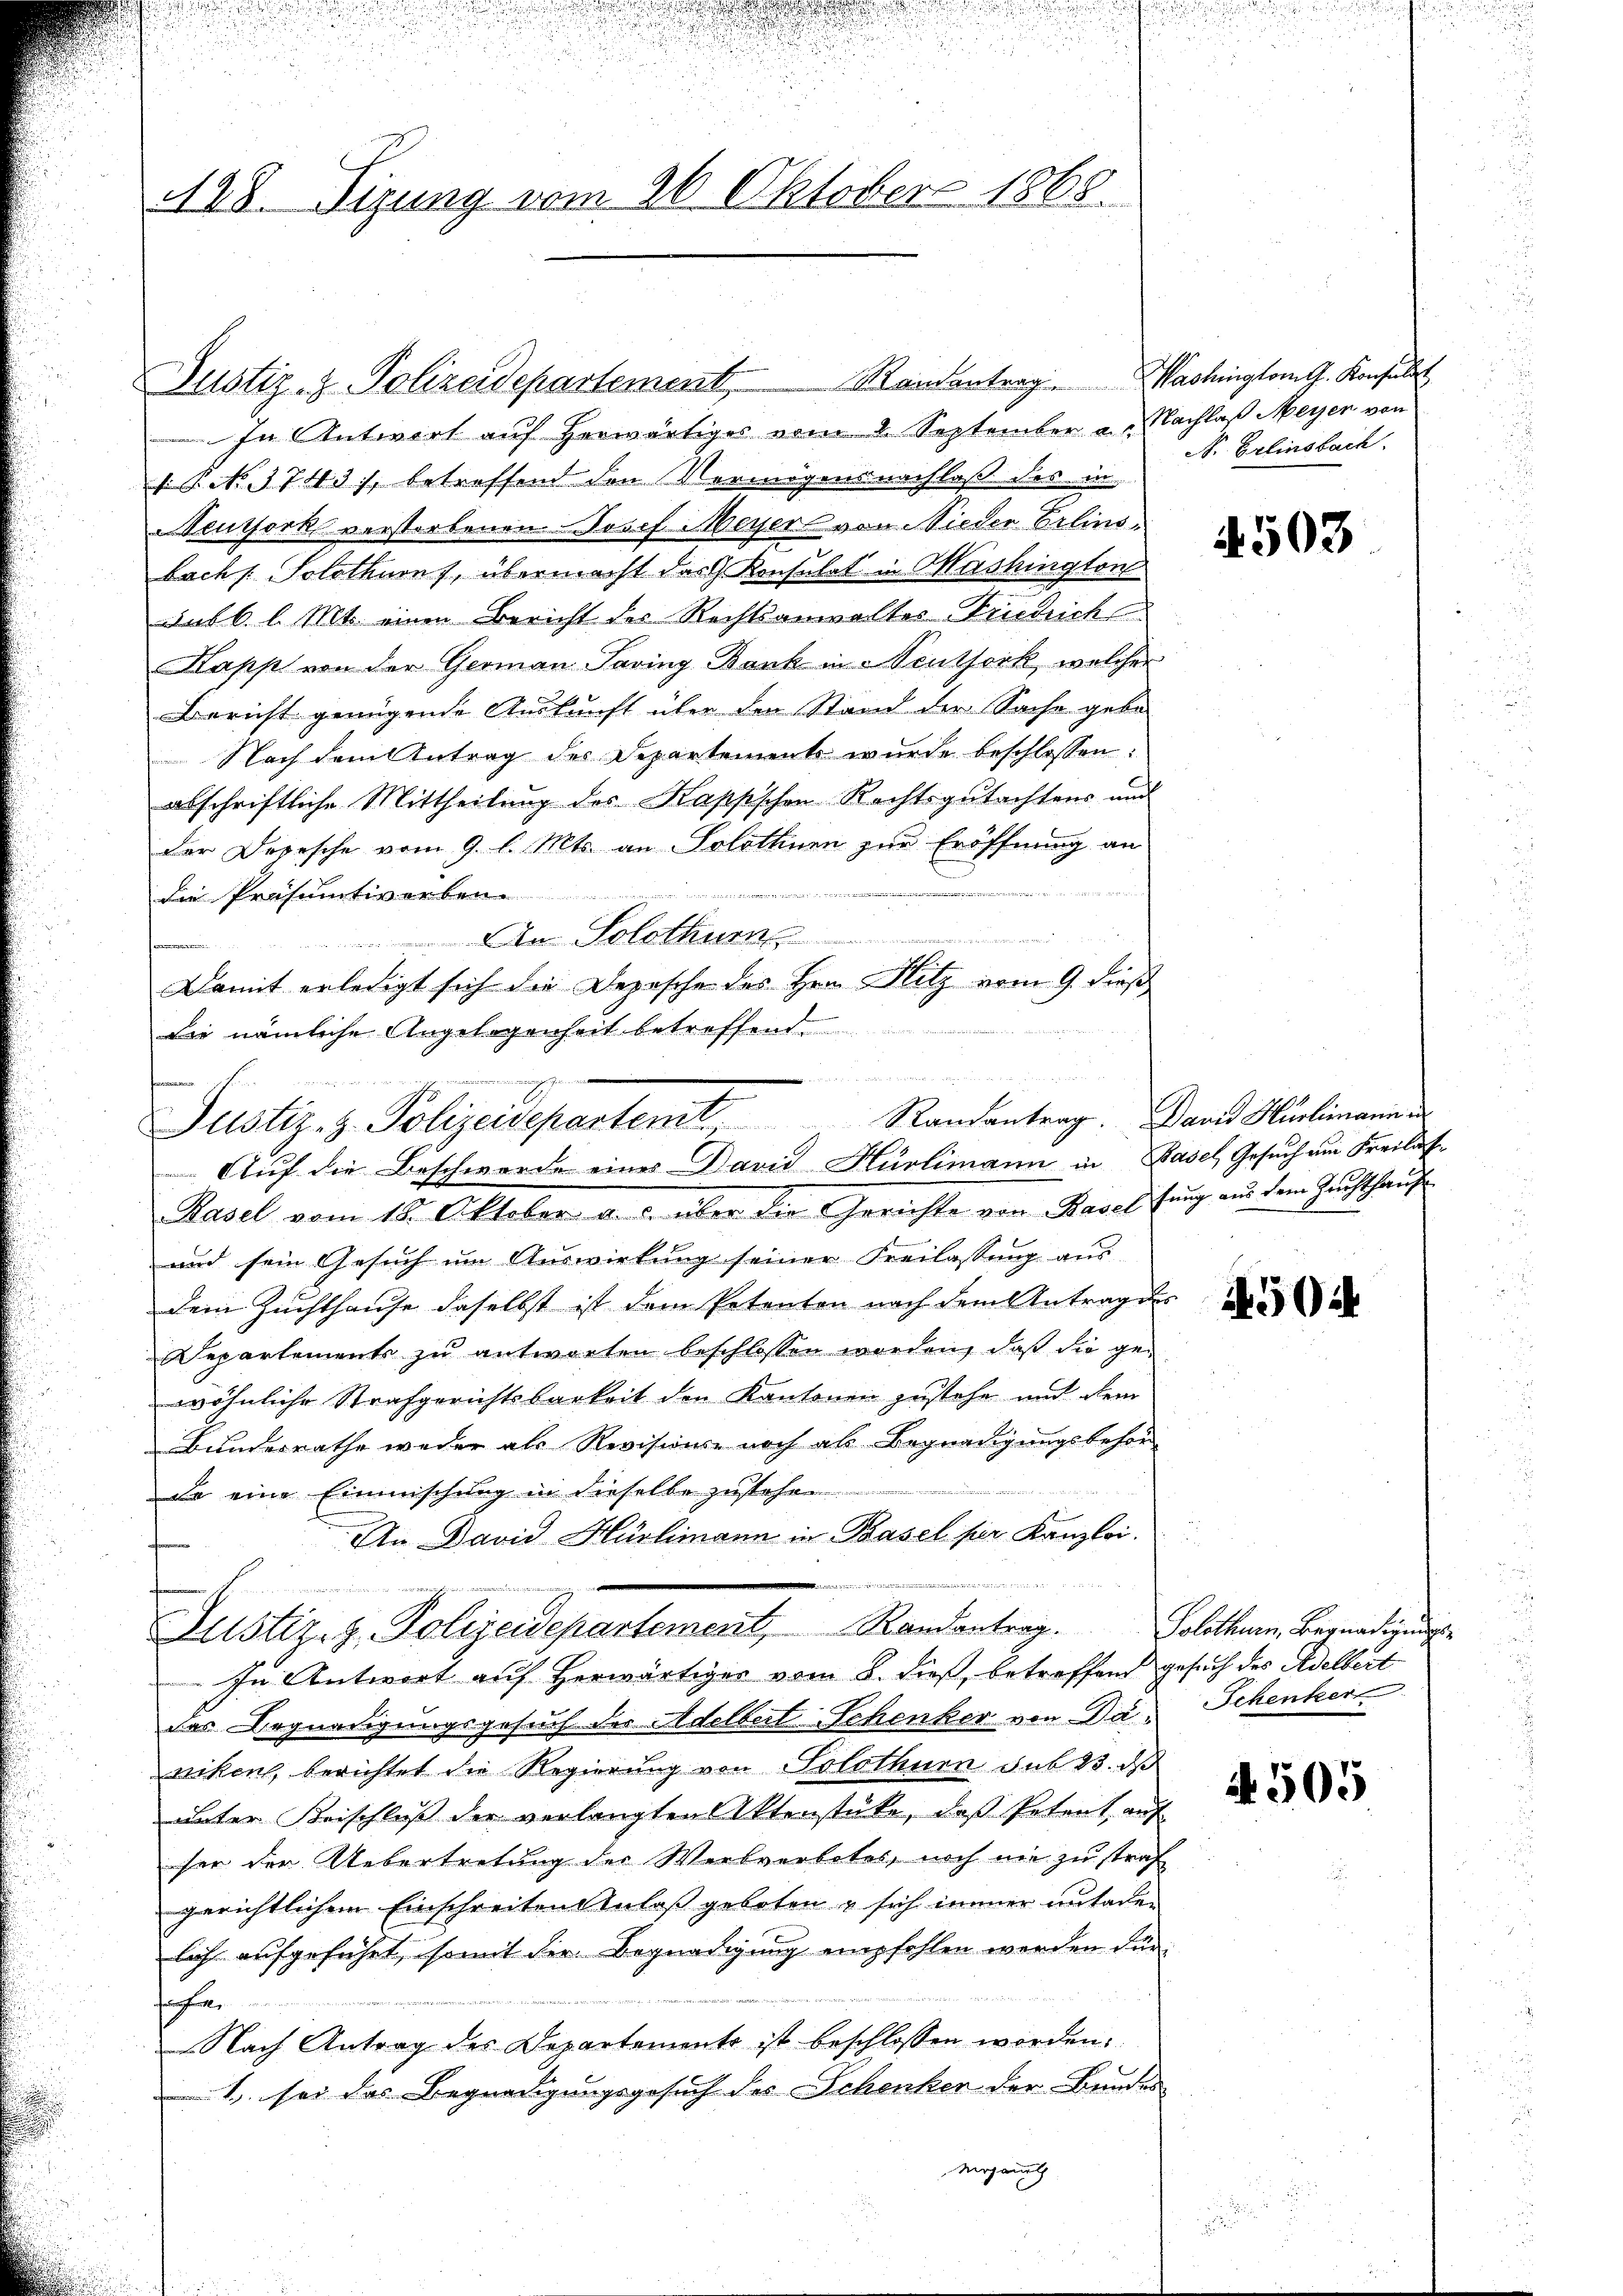
128. Sizung vom 26. Oktober 1865.

Justiz- & Polizeidepartement Randentrag. Washington G. Konsulat
In Antwort auf herwärtiges vom 2. September a.g. Nachlaß Meyen von
s P. No. 3743), betreffend den Vermögensnachlaß des in
NNeuthorks verstorbenen Josef Meyer von Nieder Erlins.
bach Solothurn, übermacht des Konsulat in Washington
Aus 6 l. Mts. einen Bericht des Rechtsanwaltes Friedrich
Kapp von der Germann Saving Bank in Neuthork, welcher
Bericht genügende Auskunft über den Stand der Sache gebe
Nach dem Antrag des Departement wurde beschlossen:
abschriftliche Mittheilung des Kappschen Rechtsgutachtens und
der Depesche vom 9. l. Mts. an Solothnen zŭr Eröffnung an
die Präsumtivorben.
An Solothurn
n

Damit erledigt sich die Depesche des Hrn. Flitz vom 9. dieß
Basel vom 15. Oktober a. c. über die Gerichte von Kavel fung aus dem Hausthause
und sein Gesuch um Auswirkung seiner Freilassung aus
dem Zuchthause daselbst ist dem Petenten nach dem Antrag des
Departements zu antworten beschlossen worden, daß die gewöhnliche Strafgerichtsbarkeit den Kantonen zustehe und dem
Bundesrathe weder als Revisions- noch als Begnadigungsbehör
Da eine Einmischung in dieselbe zustehen
An David Hürlimann in Basel per Kanzlei.
 k und
Justiz, z. Polizeidepartement, Randantrag. Solothurn, Begnadigungs-
In Antwort auf Herwärtiger vom 8. dieß, betreffend gesuch des Adelbert
das Begnadigungsgesuch der Adelbert Schenker von Da, Schenker
nikon, berichtet die Regierung von Solothurn sub 23. ds
unter Beischluß der verlangten Aktenstücke, daß Petent auf
ser der Uebertretung des Werkverbotes, noch nie zu straf
gerichtlichen Einschreiten Anlaß geboten & sich immer untaden
lich aufgeführt, somit die Begnadigung empfohlen werden dür
fah
Nach Antrag des Departements ist beschlossen worden.
1. sei das Begnadigungsgesuch des Schenker der Bundes
vergang

die nämliche Angelegenheit betreffend
n
.
E
Justiz- & Polizeidepartent Randantrag. Dann Hürlimann
Auf die Beschwerde eines David Hürlimann in Basel, Gesuch am Freilas¬

N. Erlinsbach.

N 503

504

i 505